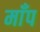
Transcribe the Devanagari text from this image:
माँप